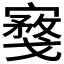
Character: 𪧮